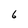
Character: 6